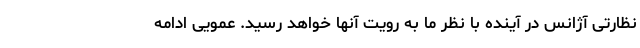
نظارتی آژانس در آینده با نظر ما به رویت آنها خواهد رسید. عمویی ادامه